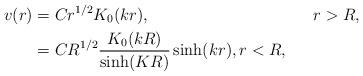
LaTeX: \begin{align*}v(r) & =Cr^{1/2}K_{0}(kr),\text{\ \ \ \ \ \ \ \ \ \ \ \ \ \ \ \ \ \ \ \ \ \ \ \ \ \ \ \ \ \ }r>R,\\& =CR^{1/2}\frac{K_{0}(kR)}{\sinh(KR)}\sinh(kr),r<R, \end{align*}